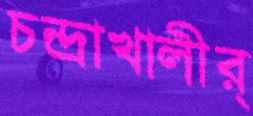
চন্দ্রাখালীর‍্